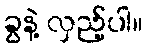
ခွနဲ့ လှည့်ပါ။